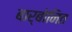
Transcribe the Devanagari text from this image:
बार्बोनित